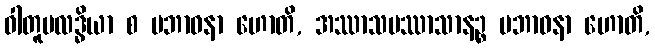
ဝါတူပလဒ္ဓိယာ စ ပဘာဝနာ ဟောတိ, အဿာသပဿာသာနဉ္စ ပဘာဝနာ ဟောတိ,